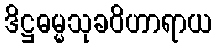
ဒိဋ္ဌဓမ္မသုခဝိဟာရာယ